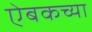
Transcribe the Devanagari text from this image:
ऐबकच्या